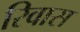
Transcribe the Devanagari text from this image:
रिवास